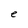
Character: e